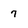
Character: 7